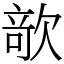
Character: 𣣱